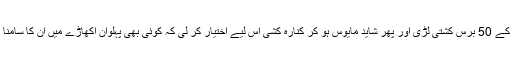
انھوں نے اپنی زندگی کے 50 برس کشتی لڑی اور پھر شاید مایوس ہو کر کنارہ کشی اس لیے اختیار کر لی کہ کوئی بھی پہلوان اکھاڑے میں ان کا سامنا کرنے سے کتراتا تھا۔